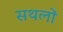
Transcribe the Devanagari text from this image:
सथलों